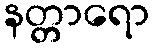
နတ္တာရော